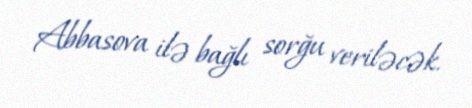
Abbasova ilə bağlı sorğu veriləcək.